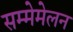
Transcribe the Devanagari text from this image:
सम्मेमेलन